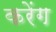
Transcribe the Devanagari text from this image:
करेंग